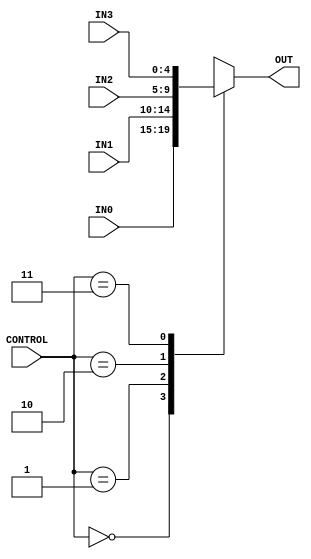
`timescale 1ns / 1ps
//////////////////////////////////////////////////////////////////////////////////
// Company: 
// Engineer: 
// 
// Design Name: 
// Module Name: Multiplexer_4way
// Project Name: 
// Target Devices: 
// Tool Versions: 
// Description: 
// 
// Dependencies: 
// 
// Revision:
// Revision 0.01 - File Created
// Additional Comments:
// 
//////////////////////////////////////////////////////////////////////////////////


module Multiplexer_4way(

    input [1:0] CONTROL,
    input [4:0] IN0,
    input [4:0] IN1,
    input [4:0] IN2,
    input [4:0] IN3,
    output  reg [4:0] OUT
    );
    always@(CONTROL or IN0 or IN1 or IN2 or IN3) 
    begin
       case(CONTROL)
            2'b00: OUT<=IN0;
            2'b01: OUT<=IN1;
            2'b10: OUT<=IN2;
            2'b11: OUT<=IN3;
            default: OUT=5'b00000;
        endcase 
    end 
endmodule